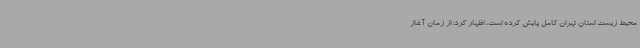
محیط زیست استان تهران کامل پایش کرده است، اظهار کرد: از زمان آغاز